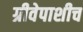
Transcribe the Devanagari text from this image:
ग्रीवेपाशीच